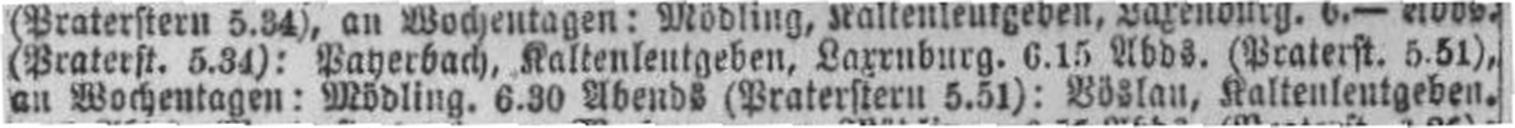
an Wochentagen: Mödling. 6.30 Abends (Praterstern 5.51): Böslau, Kaltenleutgeben.